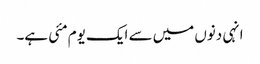
انہی دنوں میں سے ایک یوم مئی ہے۔